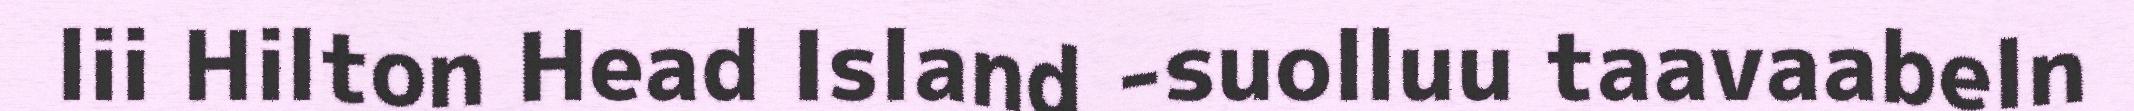
lii Hilton Head Island -suolluu taavaabeln